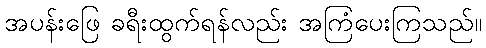
အပန်းဖြေ ခရီးထွက်ရန်လည်း အကြံပေးကြသည်။